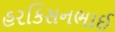
હરકિસનભાઈ